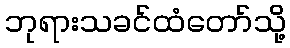
ဘုရားသခင်ထံတော်သို့